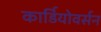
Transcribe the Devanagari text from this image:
कार्डियोवर्सन